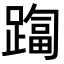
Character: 𨄑